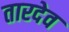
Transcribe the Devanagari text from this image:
तारदेव